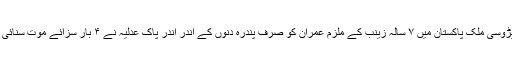
پڑوسی ملک پاکستان میں ۷ سالہ زینب کے ملزم عمران کو صرف پندرہ دنوں کے اندر اندر پاک عدلیہ نے ۴ بار سزائے موت سنائی ۔